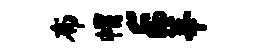
布帽E莘